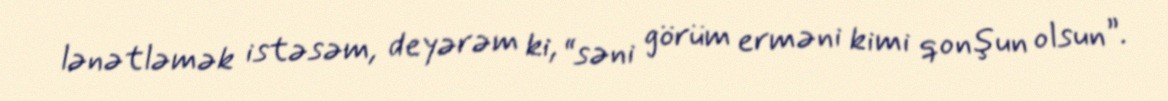
lənətləmək istəsəm, deyərəm ki, “səni görüm erməni kimi qonşun olsun”.